Lunatic asylums Bombay report 1891-1903 - 1891-1903
Year: 1891
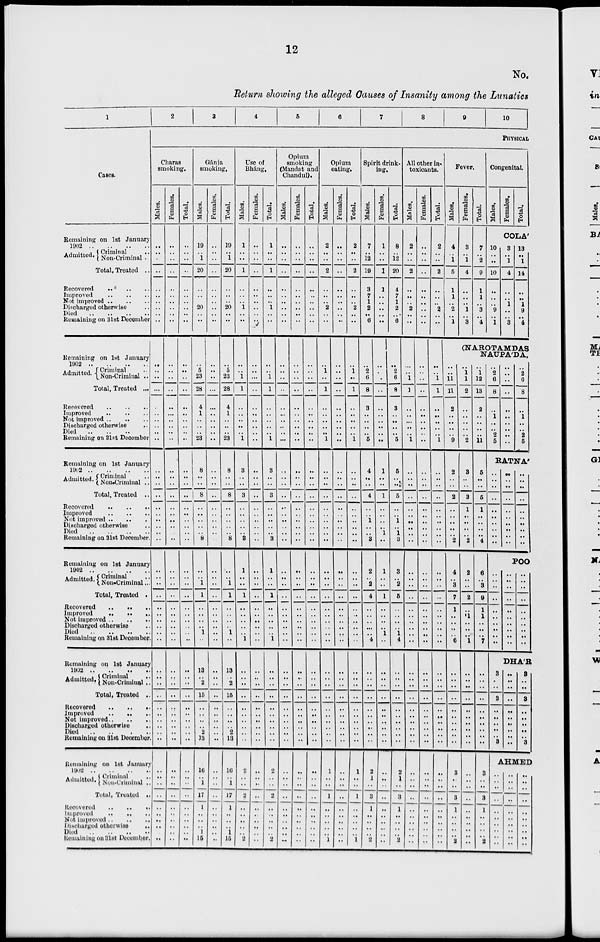
12
No.
Return showing the alleged Causes of Insanity among the Lunatics
1
Cases.
Remaining on 1st January
1902
Admitted. Criminal ..
Non-Criminal ..
Total, Treated ..
Recovered .. .. ..
Improved .. .. ..
Not Improved .. .. ..
Discharged otherwise ..
Died .. .. .. ..
Remaining on 31st December
Remaining on 1st January
1902 .. .. .. ..
Admitted. Criminal ..
Non-Criminal ..
Total, Treated ...
Recovered
..
..
..
Improved
..
..
..
Not improved .. .. ..
Discharged otherwise ..
Died .. .. .. ..
Remaining on 31 st December
Remaining on 1st January
1902
..
..
..
..
Admitted. Criminal ..
Non-criminal ..
Total, Treated ..
Recovered .. .. ..
Improved .. .. ..
Not improved .. .. ..
Diacharged otherwise ..
Died .. .. .. ..
Remaining on 31st December.
Remaining on 1st January
1902 .. .. .. ..
Admitted. Criminal ..
Non-Criminal ..
Total, Treated ..
Recovered .. .. ..
Improved .. .. ..
Not improved .. .. ..
Diacharged otherwise ..
Died .. .. ..
Remaining on 31st December
Remaining on 1st January
1902 .. .. .. ..
Admitted. Criminal ..
Non-Criminal ..
Total, Treated ..
Recovered .. .. ..
Improved .. .. ..
Not improved .. .. ..
Discharged otherwise ..
Died
..
..
..
..
Remaining on 31st December ..
Remaining on 1st January
1902 .. .. .. ..
Admitted. Criminal ..
Non-Criminal ..
Total, Treated ..
Recovered .. .. ..
Improved .. .. ..
Not improved .. .. ..
Discharged otherwise ..
Died .. .. .. ..
Remaining on 31st December
2
3
4
5
6
7
8
9
10
PHYSICAL
Charas
smoking.
Males.
..
..
..
..
..
..
..
..
..
..
..
..
..
..
..
..
..
..
..
..
..
..
..
..
..
..
..
..
..
..
..
..
....
..
..
..
..
..
..
..
..
..
..
..
..
..
..
..
..
..
..
..
..
..
..
..
..
..
..
..
Females.
..
..
..
..
..
..
..
..
..
..
..
..
..
..
..
..
..
..
..
..
..
..
..
..
..
..
..
..
..
..
..
..
..
..
..
..
..
..
..
..
..
..
..
..
..
..
..
..
..
..
..
..
..
..
..
..
..
..
..
..
Total.
..
..
..
..
..
..
..
..
..
..
..
..
..
..
..
..
..
..
..
..
..
..
..
..
..
..
..
..
..
..
..
..
..
..
..
..
..
..
..
..
..
..
..
..
..
..
..
..
..
..
..
..
..
..
..
..
..
..
..
..
Gánja
smoking.
Males.
19
..
1
20
..
..
..
20
..
..
..
5
23
28
4
1
..
..
..
23
8
..
..
8
..
..
..
..
.. 8
..
..
1
1
..
..
..
..
1
..
13
..
2
15
..
..
..
..
2
13
16
..
1
17
1
..
..
..
1
15
Females.
..
..
..
..
..
..
..
..
..
..
..
..
..
..
..
..
..
..
..
..
..
..
..
..
..
..
..
..
..
..
..
..
..
..
..
..
..
..
..
..
..
..
..
..
..
..
..
..
..
..
..
..
..
..
..
..
..
..
..
..
Total.
19
..
1
20
..
..
..
20
..
..
..
5
23
28
4
1
..
..
..
23
8
..
..
8
..
..
..
..
.. 8
..
..
1
1
..
..
..
..
1
..
13
..
2
15
..
..
..
..
2
13
16
..
1
17
1
..
..
..
1
15
Use of
Bháng.
Males.
1
..
..
1
..
..
..
1
..
..
..
..
1
1
..
..
..
..
..
1
3
..
..
3
..
..
..
..
..
3
1
..
..
1
..
..
..
..
..
1
..
..
..
..
..
..
..
..
..
..
2
..
..
2
..
..
..
..
..
2
Females.
..
..
..
..
..
..
..
..
..
..
..
..
...
..
..
..
..
..
..
..
..
..
..
..
..
..
..
..
..
..
..
..
..
..
..
..
..
..
..
..
..
..
..
..
..
..
..
..
..
..
..
..
..
..
..
..
..
..
..
..
Total.
1
..
..
1
..
..
..
1
..
..
..
..
1
1
..
..
..
..
..
1
3
..
..
3
..
..
..
..
.. 3
1
..
..
1
..
..
..
..
..
1
Opium
smoking
(Mandat and
Chandul).
Males.
..
..
..
..
..
..
..
..
..
..
..
..
..
..
..
..
..
..
..
...
..
..
..
..
..
..
..
..
..
..
..
..
..
..
..
..
..
..
..
..
..
..
..
..
..
..
..
..
..
..
2
..
..
2
..
..
..
..
..
2
..
..
..
..
..
..
..
..
..
..
..
..
..
..
..
..
..
..
..
..
Females.
..
..
..
..
..
..
..
..
..
..
..
..
..
..
..
..
..
..
..
..
..
..
..
..
..
..
..
..
..
..
..
..
..
..
..
..
..
..
..
..
..
..
..
..
..
..
..
..
..
..
..
..
..
..
..
..
..
..
..
..
Total.
..
..
..
..
..
..
..
..
..
..
..
..
..
..
..
..
..
..
..
..
..
..
..
..
..
..
..
..
..
..
..
..
..
..
..
..
..
..
..
..
..
..
..
..
..
..
..
..
..
..
..
..
..
..
..
..
..
..
..
..
Opium
eating.
Males.
2
..
..
2
..
..
..
2
..
..
..
1
..
1
..
..
..
..
..
1
..
..
..
..
..
..
..
..
..
..
..
..
..
..
..
..
..
..
..
..
..
..
..
..
..
..
..
..
..
..
1
..
..
1
..
..
..
..
..
1
Females.
..
..
..
..
..
..
..
..
..
..
..
..
..
..
..
..
..
..
..
..
Total.
2
..
2
..
..
..
2
..
..
..
1
..
1
..
..
..
..
..
1
..
..
..
..
..
..
..
..
..
..
..
..
..
..
..
..
..
..
..
..
..
..
..
..
..
..
..
..
..
..
..
..
..
..
..
..
..
..
..
..
..
..
..
..
..
..
..
..
..
..
..
..
..
..
..
..
..
..
..
..
..
..
..
..
..
..
..
..
..
..
1
..
..
1
..
..
..
..
..
1
Spirit drink-
ing.
Males.
7
..
12
19
3
7
1
2
.. 6
..
2
6
8
3
..
..
..
..
5
4
..
..
4
..
..
1
..
.. 3
2
..
2
4
..
..
..
..
..
4
..
..
..
..
..
..
..
..
..
..
Females.
1
..
..
1
1
..
..
..
..
..
Total.
8
..
12
20
4
7
1
2
.. 6
..
..
..
..
..
..
..
..
..
..
1
..
..
1
..
..
..
..
1
..
1
..
..
1
..
..
..
..
1
..
..
..
..
..
..
..
..
..
..
..
2
1
..
3
1
..
..
..
..
2
.,
..
..
..
..
..
..
..
..
..
..
2
6
8
3
..
..
..
..
5
5
..
..
5
..
..
1
..
1
3
3
..
2
5
..
..
..
..
1
4
..
..
..
..
..
..
..
..
..
..
2
1
..
3
1
..
..
..
..
2
All other in-
toxicants.
Males.
2
..
..
2
..
..
..
2
..
..
..
..
1
1
..
..
..
..
..
1
Females.
..
..
..
..
..
..
..
..
..
..
..
..
..
..
..
..
..
..
..
..
..
..
..
..
..
..
..
..
..
..
..
..
..
..
..
..
..
..
..
..
..
..
..
..
..
..
..
..
..
..
..
..
..
..
..
..
..
..
..
..
..
..
..
..
..
..
..
..
..
..
..
..
..
..
..
..
..
..
..
..
..
..
..
..
..
..
..
..
..
..
..
..
..
..
..
..
..
..
..
..
Total.
2
..
..
2
..
..
..
2
..
..
Fever.
Males.
4
..
1
5
1
1
..
2
.. 1
Females.
3
..
1
4
..
..
..
1
.. 3
Total.
7
..
2
9
1
1
..
3
.. 4
Congenital.
Males.
Females.
Total.
COLA'
10
..
..
10
..
..
..
9
.. 1
3
..
1
4
..
..
1
..
.. 3
13
..
1
14
..
..
1
9
.. 4
(NAROTAMDAS
NAUPA'DA.
..
..
1
1
..
..
..
..
..
1
..
..
1 1
11
2
..
..
..
..
9
..
..
..
..
..
..
..
..
..
..
2
..
..
2
..
..
..
..
..
2
..
..
..
..
..
..
..
..
..
..
..
..
..
..
..
..
..
..
..
..
..
..
..
..
..
..
..
..
..
..
4
..
3
7
1
..
..
..
..
6
..
1
1
2
..
..
..
..
..
2
..
1
12
13
2
..
..
..
..
11
3
..
..
3
1
..
..
..
..
2
2
..
..
2
..
1
..
..
..
1
..
..
..
..
..
..
..
..
..
..
3
..
..
3
1
..
..
..
..
2
..
..
..
..
..
..
..
..
..
..
..
..
..
..
..
..
..
..
..
..
5
..
..
5
1
..
..
..
..
4
6
..
3
9
1
1
..
..
..
7
..
..
..
..
..
..
..
..
..
..
3
..
..
3
1
..
..
..
..
2
..
2
6
8
..
1
..
..
2
5
..
..
..
..
..
..
..
..
..
..
..
2
6
8
..
1
..
..
2
5
RATNA'
..
..
..
..
..
..
..
..
..
..
..
..
..
..
..
..
..
..
..
..
..
..
..
..
..
..
..
..
..
..
POO
..
..
..
..
..
..
..
..
..
..
..
..
..
..
..
..
..
..
..
..
..
..
..
..
..
..
..
..
..
..
DHA'R
3
..
..
3
..
..
..
..
..
3
..
..
..
..
..
..
..
..
..
..
3
..
..
3
..
..
..
..
..
3
AHMED
..
..
..
..
..
..
..
..
..
..
..
..
..
..
..
..
..
..
..
..
..
..
..
..
..
..
..
..
..
..